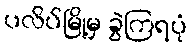
ပလိပ်မြို့မှ ခွဲကြရပုံ